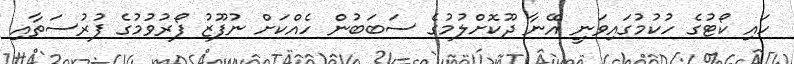
ހައި ކޯޓުގެ ހުކުމުގައިވަނީ އޭނާ ދޫކޮށްލުމުގެ ސަބަބުން ހެއްކަށް ނުފޫޒު ފޯރުވުމުގެ ފުރުސަތާއި